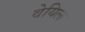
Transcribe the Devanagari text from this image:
वेयिल